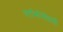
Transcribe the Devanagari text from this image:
स्तंभांभोवती